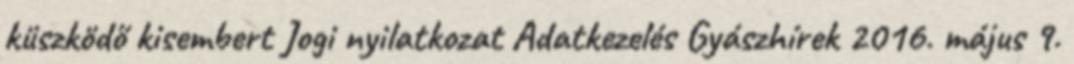
küszködő kisembert Jogi nyilatkozat Adatkezelés Gyászhírek 2016. május 9.